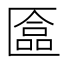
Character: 𫧗